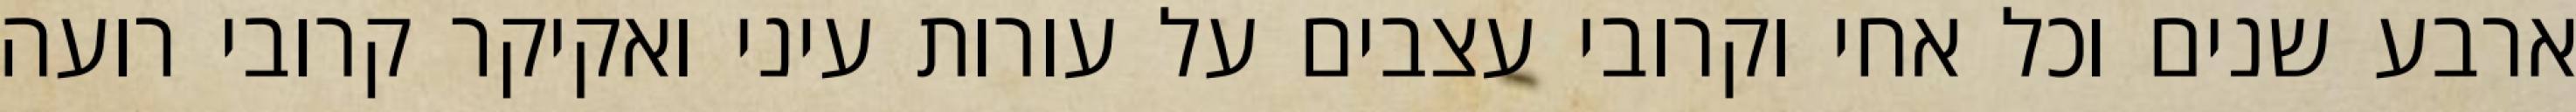
ארבע שנים וכל אחי וקרובי עצבים על עורות עיני ואקיקר קרובי רועה